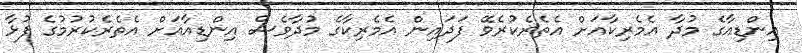
އިންޑިއާގެ މުދާ އެމެރިކާއަށް އެތެރެކުރެވޭ ފަދައިން އެމެރިކާގެ މުދާވެސް އިންޑިއާއަށް އެތެރެކުރުމުގެ ފުޅާ